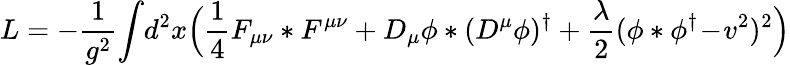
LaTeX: L=-{\frac{1}{g^{2}}}\! \int\! d^{2}x\Bigl({\frac{1}{4}}F_{\mu\nu}*F^{\mu\nu}+D_{\mu}\phi*(D^{\mu}\phi)^{\dagger}+{\frac{\lambda}{2}}(\phi*\phi^{\dagger}\! -\! v^{2})^{2}\Bigr)